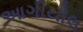
આગીયોલ